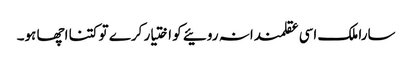
سارا ملک اسی عقلمندانہ روئیے کو اختیار کرے تو کتنا اچھا ہو۔